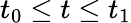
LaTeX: t_{0}\leq t\leq t_{1}